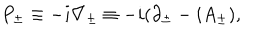
LaTeX: P _ { \pm } \equiv - i \nabla _ { \pm } \equiv - i ( \partial _ { \pm } - i A _ { \pm } ) ,